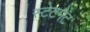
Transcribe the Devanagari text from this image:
स्‍टेटमेंट